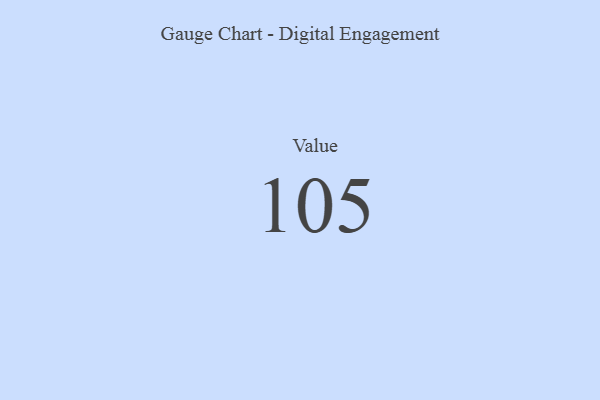
{"axis": {"x": "Metric", "y": "Value"}, "legend": [""], "data": [{"x": "Value", "y": 105, "type": ""}]}